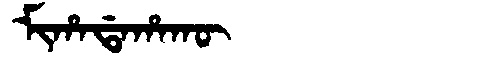
Manchu: ᠮᡳᡥᠠᡩᠠᡥᠠᡴᡡ
Romanization: MIHADAHAKŪ